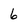
Character: 6